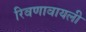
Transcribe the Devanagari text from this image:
रिवणावायली